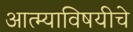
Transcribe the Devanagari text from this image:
आत्म्याविषयीचे